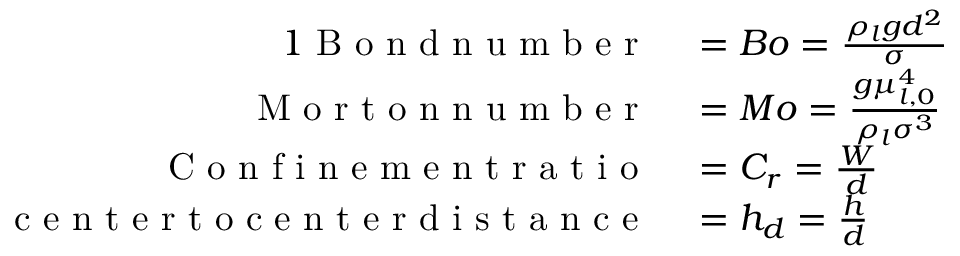
\begin{array} { r l } { { 1 } \mathrm { ~ B ~ o ~ n ~ d ~ n ~ u ~ m ~ b ~ e ~ r ~ } } & { { } = B o = \frac { \rho _ { l } g d ^ { 2 } } { \sigma } } \\ { \mathrm { ~ M ~ o ~ r ~ t ~ o ~ n ~ n ~ u ~ m ~ b ~ e ~ r ~ } } & { { } = M o = \frac { g \mu _ { l , 0 } ^ { 4 } } { \rho _ { l } \sigma ^ { 3 } } } \\ { \mathrm { ~ C ~ o ~ n ~ f ~ i ~ n ~ e ~ m ~ e ~ n ~ t ~ r ~ a ~ t ~ i ~ o ~ } } & { { } = C _ { r } = \frac { W } { d } } \\ { \mathrm { ~ c ~ e ~ n ~ t ~ e ~ r ~ t ~ o ~ c ~ e ~ n ~ t ~ e ~ r ~ d ~ i ~ s ~ t ~ a ~ n ~ c ~ e ~ } } & { { } = h _ { d } = \frac { h } { d } } \end{array}